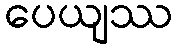
ပေယျဿ